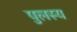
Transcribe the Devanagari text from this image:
पुलस्य